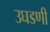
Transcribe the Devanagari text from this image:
उघडणी